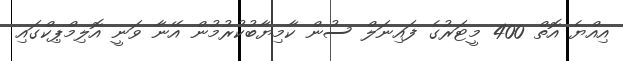
އިއްޔެ އޮތް 400 މީޓަރުގެ ފައިނަލް ސުން ކާމިޔާބުކުރުމުން އޭނާ ވަނީ އޮލިމްޕިކްގައި